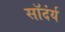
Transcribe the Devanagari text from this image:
सॉदंर्य